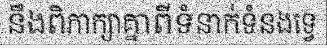
នឹងពិភាក្សាគ្នាពីទំនាក់ទំនងទ្វេ